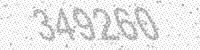
Solution: 349260